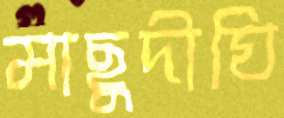
মাছুদীঘি